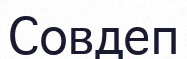
Совдеп